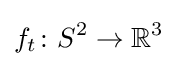
f_{t}\colon S^{2}\to \mathbb {R} ^{3}